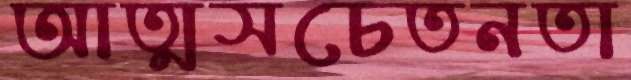
আত্মসচেতনতা